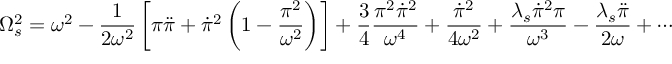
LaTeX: \Omega _ { s } ^ { 2 } = \omega ^ { 2 } - { \frac { 1 } { 2 \omega ^ { 2 } } } \left[ \pi \ddot { \pi } + \dot { \pi } ^ { 2 } \left( 1 - { \frac { \pi ^ { 2 } } { \omega ^ { 2 } } } \right) \right] + { \frac { 3 } { 4 } } { \frac { \pi ^ { 2 } \dot { \pi } ^ { 2 } } { \omega ^ { 4 } } } + { \frac { \dot { \pi } ^ { 2 } } { 4 \omega ^ { 2 } } } + { \frac { \lambda _ { s } \dot { \pi } ^ { 2 } \pi } { \omega ^ { 3 } } } - { \frac { \lambda _ { s } \ddot { \pi } } { 2 \omega } } \nonumber + \cdots